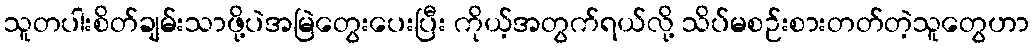
သူတပါးစိတ်ချမ်းသာဖို့ပဲအမြဲတွေးပေးပြီး ကိုယ့်အတွက်ရယ်လို့ သိပ်မစဉ်းစားတတ်တဲ့သူတွေဟာ